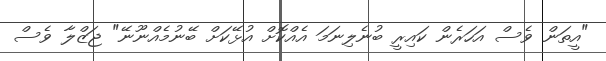
"އީތަން ވެސް އަހަރެން ކައިރީ ބުނެލިނަމަ އެއްކޮށް އުޅޭކަށް ބޭނުމެއްނޫނޭ" ޖަޒްލާ ވެސް